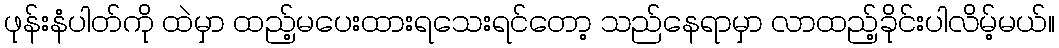
ဖုန်းနံပါတ်ကို ထဲမှာ ထည့်မပေးထားရသေးရင်တော့ သည်နေရာမှာ လာထည့်ခိုင်းပါလိမ့်မယ်။